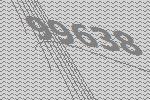
99638